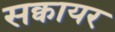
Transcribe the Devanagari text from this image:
सक्वायर